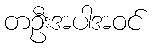
တဦးအပါအဝင်